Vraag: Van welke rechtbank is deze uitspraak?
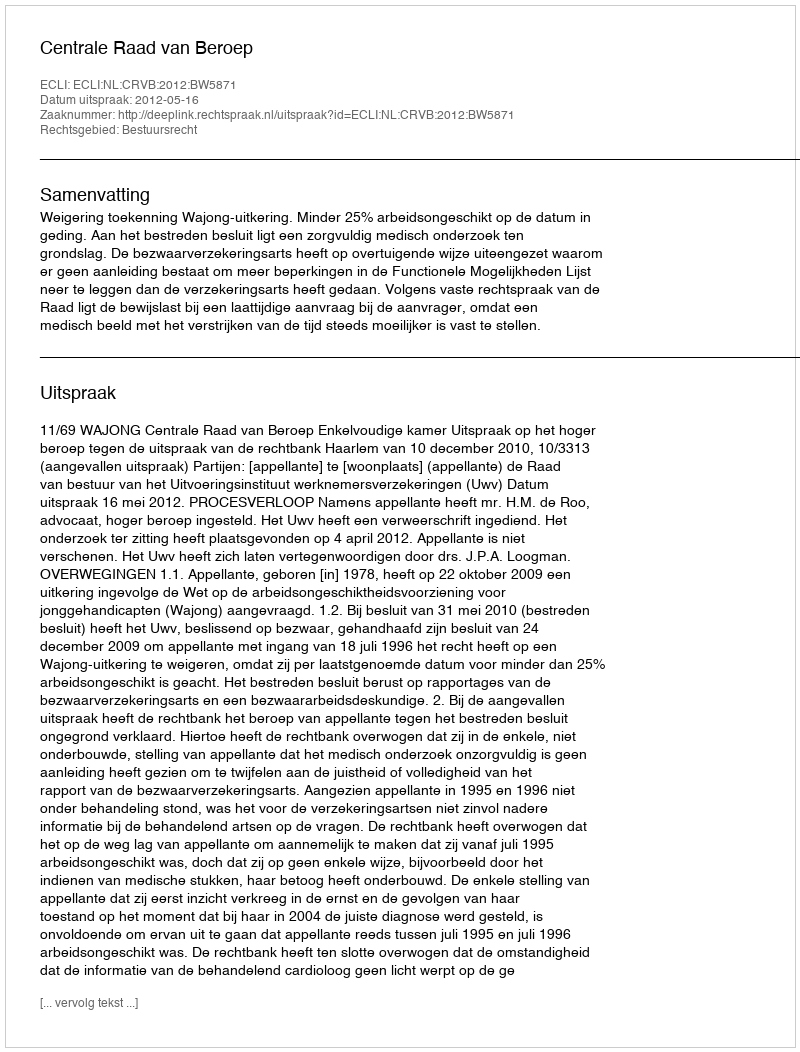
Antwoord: Centrale Raad van Beroep